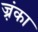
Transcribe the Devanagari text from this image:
ज़्रंका